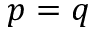
p = q